Vital statistics of India. Vol. IV, Annual returns from 1871 to 1876. British Army of India, Native Army and jails of Bengal
Year: 1871
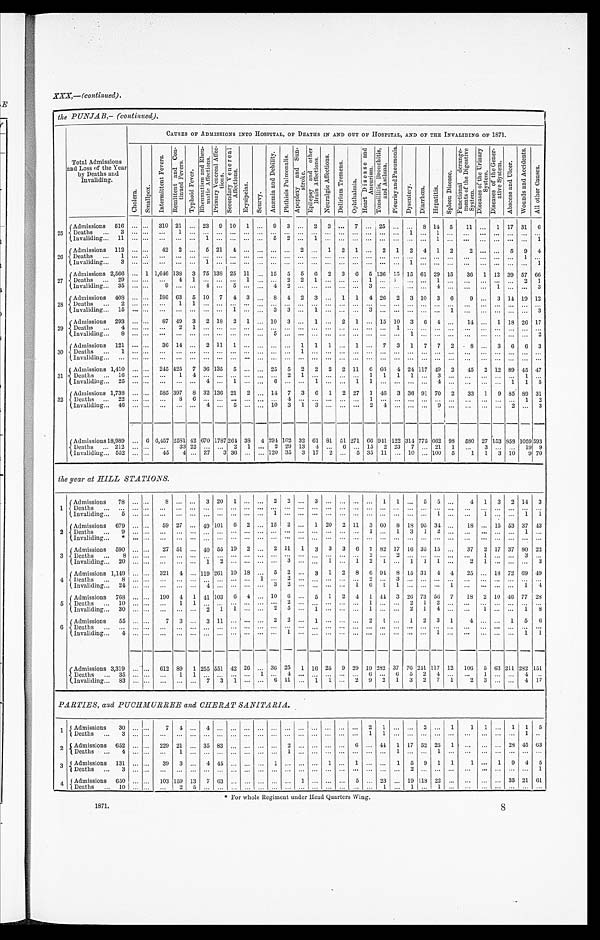
XXX,—(continued).
the PUNJAB,- (continued).
Total Admissions
and Loss of the Year
by Deaths and
Invaliding.
CAUSES OF ADMISSIONS INTO HOSPITAL, OF DEATHS IN AND OUT OF HOSPITAL, AND OF THE INVALIDING OF 1871.
C h o l e r a .
S m a l l p o x .
I n t e r m i t t e n t F e v e r s .
R e m i t t e n t a n d C o n - t i n u e d F e v e r .
T y p h o i d F e v e r .
R h e u m a t i s m a n d R h e u - m a t i c A f f e c t i o n s .
P r i m a r y V e n e r e a l A f f e c - t i o n s .
S e c o n d a r y V e n e r e a l A f f e c t i o n s .
E r y s i p e l a s .
S c u r v y .
A n æ m i a a n d D e b i l i t y .
P h t h i s i s P u l m o n a l i s . A p o p l e x y a n d S u n - s t r o k e .
E p i l e p s y a n d o t h e r B r a i n A f f e c t i o n s .
N e u r a l g i c A f f e c t i o n s . D e l i r i u m T r e m e n s .
O p h t h a l m i a .
H e a r t D i s e a s e a n d A n e u r i s m . T o n s i l l i t i s , B r o n c h i t i s , a n d A s t h m a .
P l e u r i s y a n d P n e u m o n i a .
D y s e n t e r y . D i a r r h œ a . H e p a t i t i s .
S p l e e n D i s e a s e .
F u n c t i o n a l d e r a n g e - m e n t s o f t h e D i g e s t i v e S y s t e m . D i s e a s e s o f t h e U r i n a r y S y s t e m . D i s e a s e s o f t h e G e n e r - a t i v e S y s t e m .
A b s c e s s a n d U l c e r .
W o u n d s a n d A c c i d e n t s .
A l l o t h e r C a u s e s .
25
Admissions 516
. . . . . . 310 21
. . . 23 9 10 1
. . . 9
3 . . .
2 3
... 7 . . .
25
. . . . . . 8
14 5 11
. . .
1 17 31
6
De a t hs
3 . . . . . .
. . . 1
. . . ......
. . . ... . . .
. . . . . . . . . . . .
. . . ... . . . . . . ...
. . .
1
. . . 1
. . . ... ... ... ... ...
. . .
I n v a l i d i n g
1 1 . . . . . .
. . . ...
. . . 1 ...
. . . ...
. . . 5 2 . . . 1 . . . ...
. . . . . .
...
. . . . . . . . . 1 . . .
. . .
. . . . . . . . .
... 1
26
A d m i s s i o n s 112 . . . ... 42
2 ... 5 21 4 ... ... ... ... 2 ... 1 2
1 ... 2 1 2 4 1 2
2
. . . . . . 5
9 4
D e a t h s .
1 . . . . . .
. . . ... . . . ......
. . .
...
. . . . . . . . . . . . . . . . . . ... . . . . . . ... . . . . . . . . . . . . . . .
. . . . . . ...
. . . 1 . . .
I n v a l i d i n g
3 . . . . . .
. . . ... . . . 1 ...
. . .
...
. . . . . . . . . . . . . . . . . . ... . . . . . . ... . . . 1 . . . . . . . . .
. . . . . . . . . . . . ... 1
27
Admissions 2,566 ... 1 1,646 138 3 75 138 25 11 ... 15 5 5 6 2 3 6 5 136 15 15 61 29 15 36 1 12 39 57 66
Deaths
29
. . . . . .
. . . 4
1 ......
. . . 1
. . . . . . 2 2 1 . . . ... . . . 1 ...
1 . . . . . . 1 . . .
. . . . . . . . . . . . 2 1
Invaliding
35 ... . . .
9 ...
. . . 4 ...
5 ...
. . . 4 2 . . . . . . . . . ... . . . 3 ...
. . . . . . . . . 4 . . .
. . . . . . 1 . . . ... 3
28
A d m i s s i o n s 408 ... . . . 186 63 5 10 7
4 3 . . . 8 4 2 3 . . . 1 1 4 26 2
3 1 0 3 6
9
. . . 3 14 19 12
D e a t h s
2 . . . . . .
. . .
1
1 ......
. . . ...
. . . . . . . . . . . . . . . . . . ... . . . . . .
...
. . . . . . . . . . . . . . .
. . . ...
. . . . . .
...
. . .
I n v a l i d i n g
1 5 . . . . . .
. . .
...
. . . ......
1 ...
. . . 3 3 . . . 1 . . . ... . . . 3 ...
. . . . . . . . . . . . 1
. . . . . . . . . . . .
...
3
29 Admissions 293 ... ... 87 49 3 2 18 2
1 ...
1 0 3 . . . 1 . . . 2 1 ... 15 10 3 6 4 ... 14 . . . 1 18 26 17
D e a t h s
4 . . . . . .
. . . 2
1 ......
. . ....
. . . . . . . . . . . . . . . . . . . . ... . . . . . .
... 1
. . . . . . . . . . . .
. . . . . . . . . . . .
...
. . .
I n v a l i d i n g
8 . . . . . .
. . . ...
. . . ......
. . . ...
. . . 5 . . . . . . . . . . . . ... . . . . . .
...
. . . 1 . . . . . . . . .
. . . . . . . . . . . .
...
2
30
Admissions 121
. . . . . . 36 14 ... 2 11 1 ... ... . . . . . . 1 1 1 ... 1 ... 7 3 1 7 7 2
8 ... 3 6 6 3
Deaths
1
. . . . . .
. . . ...
. . . ......
. . . ...
. . . . . . . . . 1
. . . . . . ...
. . . . . . ... . . . . . . . . . . . . . . .
. . . . . . . . . . . . ... . . .
I n v a l i d i n g
. . . . . . . . .
. . . ...
. . . ......
. . . ...
. . . . . . . . . . . . . . . . . . ...
. . . . . . ... . . . . . . . . . . . . . . .
. . . . . . . . . . . . ... . . .
31
Admissions
1 , 4 1 0 ... . . . 245 425 7 36 135 5 ... . . . 25 5 2 2 2 2 11 6 66
4 24 117 49 2 45 2 12 89 45 47
Deat hs
1 6 ... ... ... 1 4 ... ...
. . . ...
. . . . . . 2 1 . . . . . .
... . . . 1 1
1 1 . . . 3 . . .
. . . . . . . . . . . . 1
. . .
I n v a l i d i n g
2 5 . . . . . .
. . . ... . . .
4 ...
1 ...
. . . 6 . . . . . . 1 . . . ...
1
1 ...
. . . . . . . . . 4 . . .
. . . . . . . . . 1 1 5
32
Admission 1,738 ... ... 585 397 8 32 136 21 2 ... 14 7 3 6 1 2 2 7 1 46 3 36 91 70 2 33 1 9 85 89 31
Deaths
22
. . . . . .
. . . 8 6 ......
. . . ...
. . . . . . 4 . . . . . . . . . ... . . . 1 ... ...
. . . . . . . . . . . . . ... ... ...
. . . 1 2
I n v a l i d i n g
4 6 . . . . . .
. . . ... . . . 4 ...
5 ...
. . . 1 0 3 1 3 . . . ... . . . 2 4
. . . . . . . . . 9 . . .
. . .
. . . . . .
2
... 3
Admissions 18,989 ... 6 6,457 2581 42
670
1787 264 38 4 294 102 32 61 81 51 271 66 941 122 314 775 662 98 580 27 153 859 1059 593
Deaths
212 . . . ... ... 33 22 ... . . . 2 1
. . . 2 29 13
4 ... 6
. . . 15 2 23 7 ... 21 1
. . . 3
. . . . . . 19 9
Invaliding 552 . . . . . . 45 4 ... 27 3 36 ... ... 120 35
3 17 2 ... 5 35 11 ... 10
. . . 100 5
1 1
3 10 9 7 0
the year at HILL STATIONS.
1
Admissions 78 ... . . .
8 ... ... 3 20 1 ...
. . . 2 2 . . . 3 . . . ... ... ... 1 1
. . . 5 5 . . .
4 1 3 2 14 3
De a t h s
. . . . . . . . .
. . . ...
. . . ......
. . . ...
. . . . . . . . . . . . . . . . . . ...
. . . . . . ... . . . . . . . . . . . . . . .
. . . . . . . . . . . .
...
. . .
I n v a l i d i n g
5 . . . . . .
. . . ...
. . . ......
. . . ...
. . . 1 . . . . . . . . . . . . ...
. . . . . . ... . . . . . . . . . 1 . . .
. . . 1
. . . . . .
1
1
2 Admissions 679 ... ... 59 27 ... 49 101 6 2 ... 15 2 ... 1 20 2 11 3 60 8
1 8 95 34 . . . 18 . . . 15 53 37 43
D e a t h s
9 . . . . . .
. . . ...
. . .
... ...
. . . ...
. . . . . . . . . . . . . . . . . . ... . . . 1 ...
1 3 1 2 . . .
. . . . . . . . . . . . 1
. . .
I n v a l i d i n g
* . . . . . .
. . . ...
. . .
... ...
. . . ...
. . . . . . . . . . . . . . . . . . ... . . . . . .
...
. . . . . . . . . . . . . . .
. . . . . . . . . . . . ... . . .
3 Admissions 590 ... . . . 27 51 ... 40 55 19 2
. . . 2 11 1 3 3 3 6 7 82 17 16 35 15 ... 37 2
1 7 37 80 22
Deaths
8 . . . . . .
. . . ...
. . .
... ...
. . .
...
. . . . . . . . . . . . . . . . . . ... . . . 2 ...
2 . . . . . . . . . . . .
. . 1
. . . . .
3
. . .
Invaliding
20 ... ... ... ... ... 1 2 ... ... ... ... 3 ... ... 1 ... 1 2 1
. . . 1 1 1
. . . 2 1 ... ... ... 3
4 Admissions 1,149 ... ... 321 4 ... 119 261 10 18
. . . 5 2 . . . 3 1 2 8 6 94 8 15 31
4 4 25
. . . 18 72 69 49
De a t h s
8 . . . . . .
. . . ... . . .
... ...
. . . ...
1 . . . 2 . . . . . . . . . ... . . . 2 ...
3 . . . . . . . . . . . .
. . . . . . . . . . . .
...
. . .
I n v a l i d i n g
2 4 . . . . . .
. . . ... . . .
4 ...
. . . ...
. . . 3 2 . . . . . . . . . ... 1 6 1
1 . . . . . . . . . 1
. . . . . . . . . . . .
1
4
5 Admissions 768 ... ... 190
4 1 41 103 6 4
. . . 10 6 ... 5 1 2
4 1
44 3 26 73
5 6 7 18 2 10 46 77 28
D e a t h s
1 0 . . . . . .
. . . 1 1 ... ...
. . . ...
. . . . . 2 . . . . . . . . . ... . . . 1 ...
. . . 2 1 2 . . .
. . . . . . . . . . . .
...
. . .
Invaliding
30 . . . . . . . . . ... ... 2 1 1 ... ... 2 5 ... 1 ... ... ... 1 ... ... 2 1 4 ...
. . . 1 ...
. . . 1 8
6 Admissions 55 ... . . .
7
3 . . . 3 11 ... ... ... 2 2 . . . 1 ... ... ... 2 1
. . . 1 2 3 1
4
. . . . . . 1 5 6
Deaths
. . . . . . . . . . . . ... . . . ... ... . . . ... . . . . . . . . . . . . . . . . . . ... . . . . . . ... . . . . . .
. . . . . . . . .
. . .
. . . . . .
. . . ... . . .
Invaliding
4 ... ...
. . . ... ... ... ... ... ... ... ... 1 ... . . . ... ... ... ... ... ... ... ...
1 . . .
. . .
. . . . . .
. . .
1
1
Admissions 3,319 ... . . . 612 89 1 255 551 42 26 ... 36 25 1 16 25 9 29 1 9 282 37 76
2 4 1 1 1 7 1 2
106 5 63 211 282 151
Deat hs
3 5 . . . . . .
. . . 1
1 ... ...
. . . ...
1 . . . 4 . . . . . . . . . ... . . . 6 ...
6 5
2 4 . . .
. . . 1
. . . . . .
4
. . .
Invaliding
83 ... ... ... ... ... 7 3 1 ... ... 6 11 ... 1 1 ... 2 9 2 1 3 2 7 1
2 3 . . .
. . . 4 1 7
PARTIES, and PUCHMURREE and CHERAT SANITARIA.
1
Admissions
3 0 . . . . . .
7 4
. . . 4 ...
. . . ...
. . . . . . . . . . . . . . . . . . ...
. . . 2 1
. . . . . .
2 . . . 1
1 1 . . . 1 1 5
D e a t h s 3
. . . ... ... ... ... ... ... ... ... ... ... ... ... ... ... ... ..
1 1
. . . . . .
. . . . . . . . .
. . . . . . ...
. . . 1
. . .
2
Admissions
652
. . . . . . 229 21
. . . 35 83
. . . ...
. . . . . . 2 . . . . . . . . . ...
6 . . . 44
1 1 7 52
2 5 1
. . . . . . . . . 28 45
6 3
Deat hs
4 . . . . . .
. . . 1
. . . ... ... . . . ... . . . . . . 1 . . . . . . . . . ... . . .
. . . ...
1 . . .
. . . 1 . . .
. . .
. . . . . .
. . .
...
. . .
3 Admissions 131 . . . . . .
39 3 ... 4 45 ... ... ... 1 ... ... ... 1 ... 1 ... ... 1 5 9 1 1
1
. . . 1 9 4 5
Deaths
3 . . . . . .
. . . ... . . .
... ...
. . . ...
. . . . . . . . . . . . . . . . . . ...
. . . . . . ...
. . . . . . . . . . . . . . .
. . . . . . . . . . . . ... 1
4
A d m i s s i o n s
6 5 0 . . . . . . 103 159 13 7 63
. . . ...
. . . . . . . . . 1 . . . ... ... 5
. . . 23
. . . 1 9 118
2 2 . . .
. . . . . . . . . 35 21 6 1
D e a t h s 1 0 . . . . . .
. . .
2
5 ... ... . . . ... . . . . . . . . . . . . . . .
. . .
...
. . . . . . 1
. . . 1
. . . 1 . . .
. . .
. . . . . .
. . . ...
. . .
* For whole Regiment under Head quarters Wing.
1871.
8